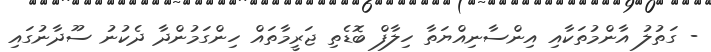
- ގަތުލު އާންމުތަކާއި އިންސާނިއްޔަތާ ހިލާފް ބޮޑެތި ޖަރީމާތައް ހިންގަމުންދާ ދެކުނު ސޫދާނުގައި